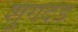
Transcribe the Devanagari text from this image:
शुंगदंड